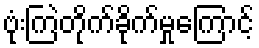
ဗုံးကြဲတိုက်ခိုက်မှုကြောင့်